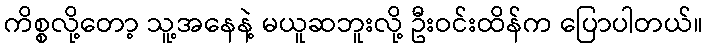
ကိစ္စလို့တော့ သူ့အနေနဲ့ မယူဆဘူးလို့ ဦးဝင်းထိန်က ပြောပါတယ်။